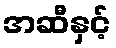
အဆီနှင့်